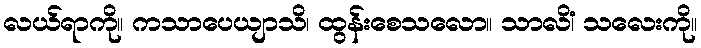
လယ်ရာကို။ ကသာပေယျာသိ၊ ထွန်းစေသလော။ သာလိံ၊ သလေးကို။